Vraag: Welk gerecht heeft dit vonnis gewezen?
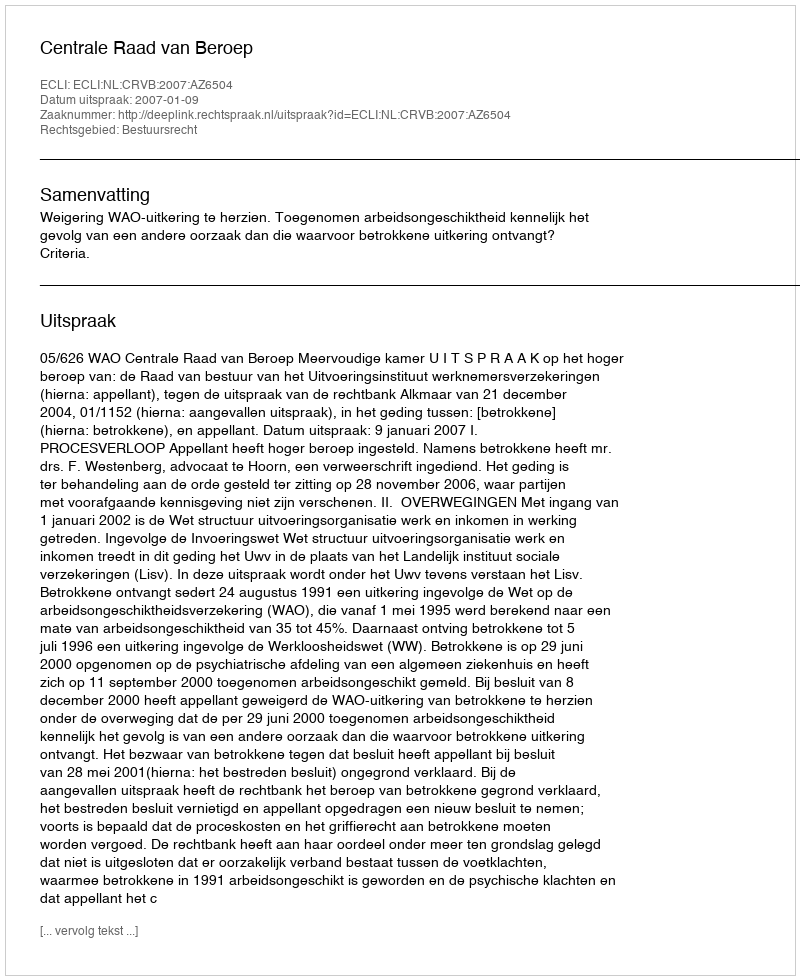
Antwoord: Centrale Raad van Beroep